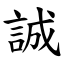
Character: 誠